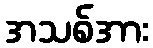
အသစ်အား